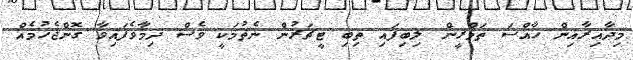
މިދާއިރާއިން ހާއްސަ ތަމްރީން ލިބިފައި ތިބި ޓީޗަރުން ނެތުމަކީ ވެސް ދިމާވެފައިވާ ގޮންޖެހުމެއް